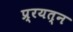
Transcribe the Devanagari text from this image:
प्र्रयत्न